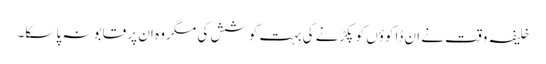
خلیفہ وقت نے ان ڈاکوؤں کو پکڑنے کی بہت کوشش کی مگر وہ ان پر قابو نہ پا سکا۔